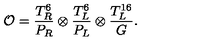
{ \cal O } = \frac { T _ { R } ^ { 6 } } { P _ { R } } \otimes \frac { T _ { L } ^ { 6 } } { P _ { L } } \otimes \frac { T _ { L } ^ { 1 6 } } { G } .